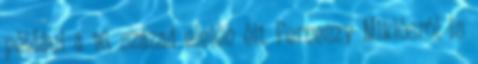
például a 16. század elején élt Perneszy Miklósról is